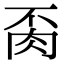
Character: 𦙂